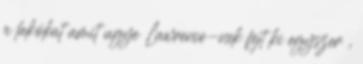
a lakókat amit ugye Lawrence-nek fejt ki egyszer ,